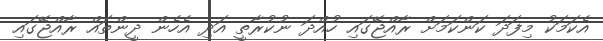
އެކަމަކު މިފަދަ ކަންކަމަށް ރާއްޖޭގައި ހުއްދަ ނުކުރާތީ އަދި އެހެން ދީންތައް ރާއްޖޭގައި